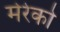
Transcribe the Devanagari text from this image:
मेरेको